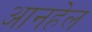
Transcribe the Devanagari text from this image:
आनहेल